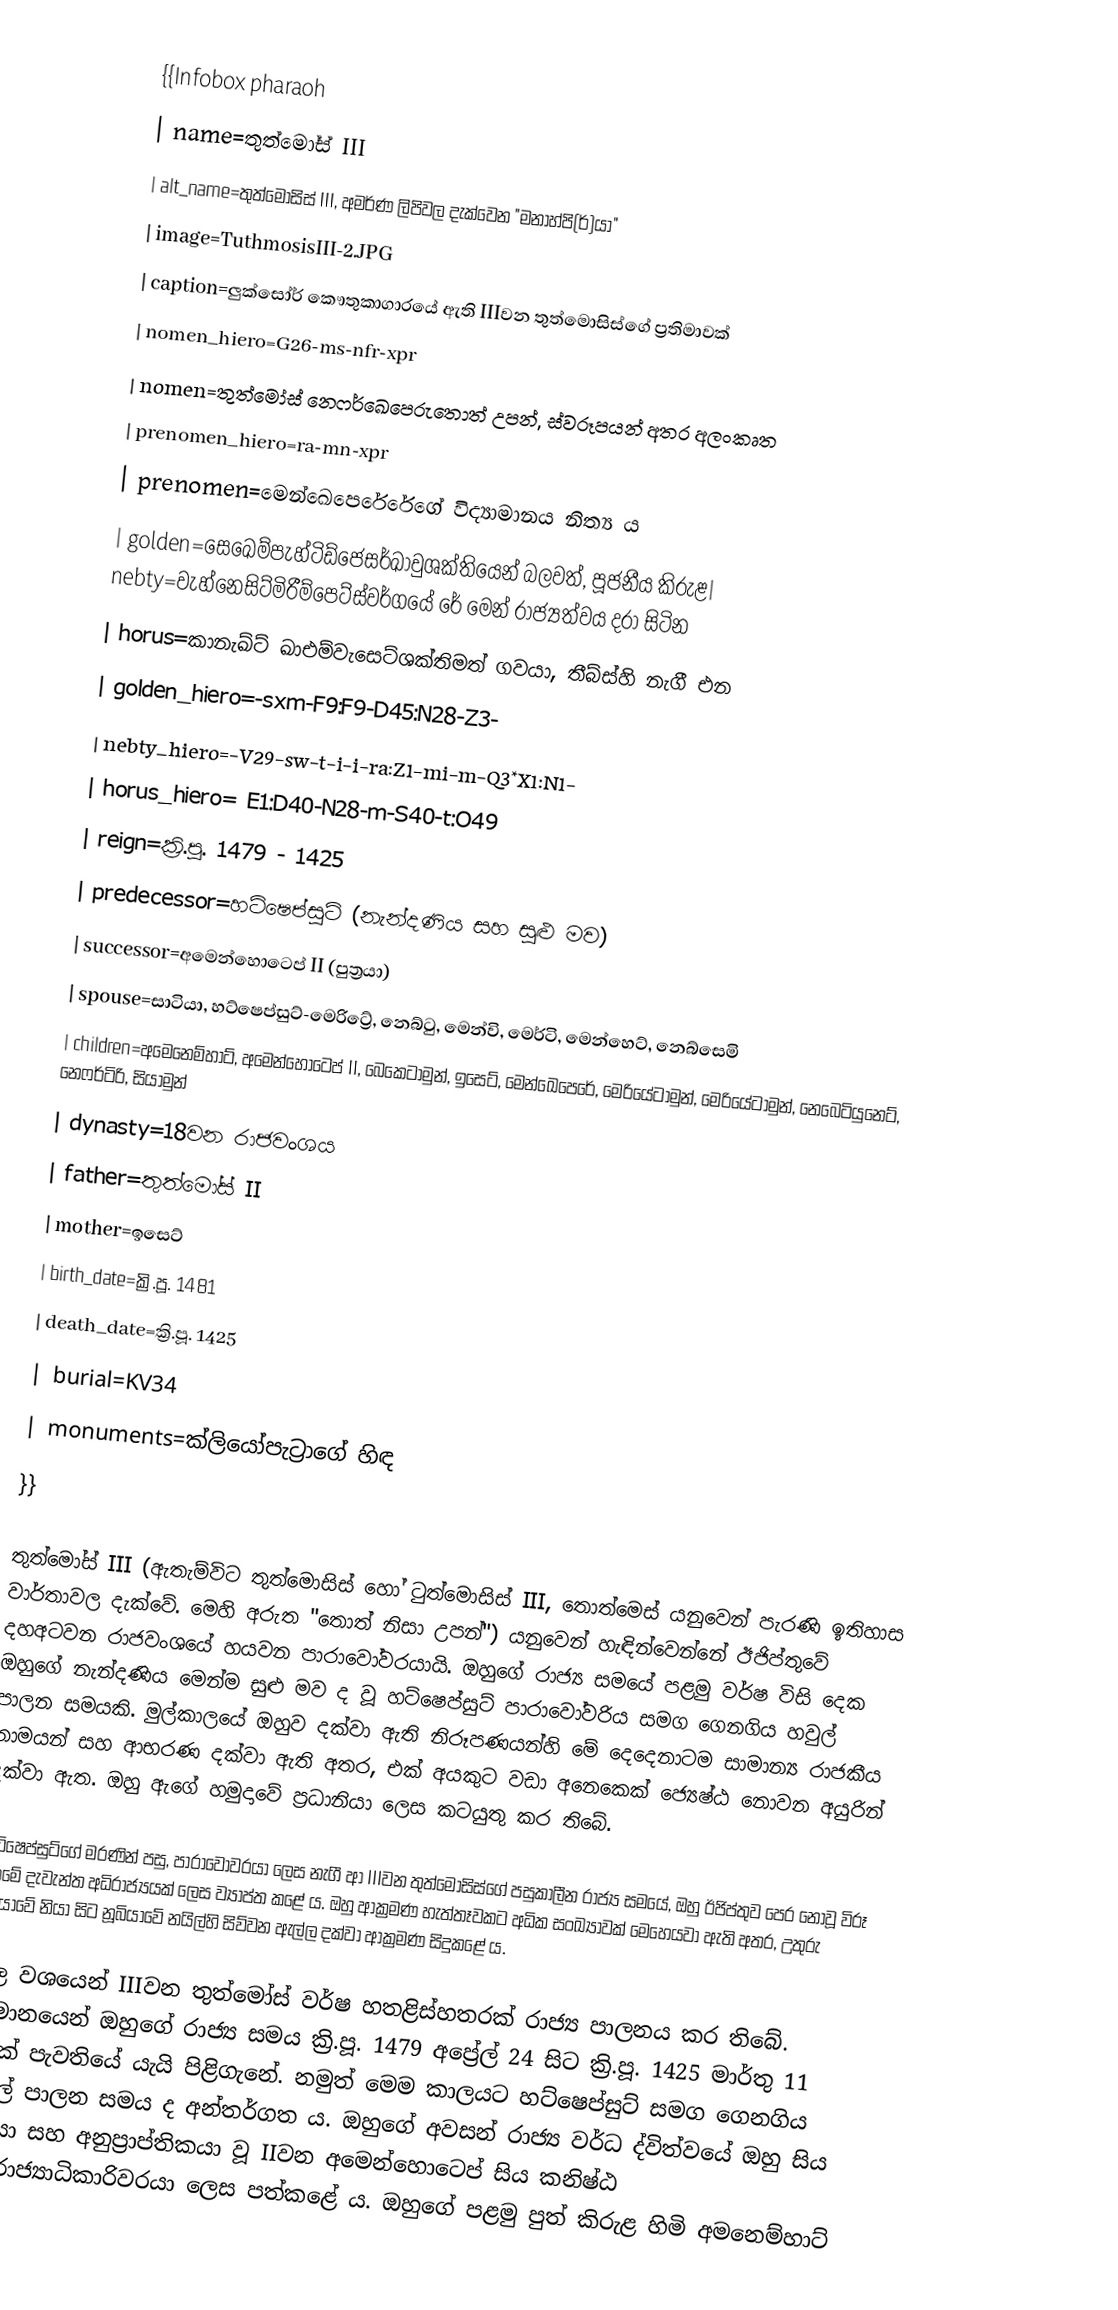
{{Infobox pharaoh
| name=තුත්මෝස් III
| alt_name=තුත්මොසිස් III, අමර්ණ ලිපිවල දැක්වෙන "මනාහ්පි(ර්)යා"
| image=TuthmosisIII-2.JPG
| caption=ලුක්සෝර් කෞතුකාගාරයේ ඇති IIIවන තුත්මොසිස්ගේ ප්‍රතිමාවක්
| nomen_hiero=G26-ms-nfr-xpr
| nomen=තුත්මෝස් නෙෆර්ඛෙපෙරුතොත් උපන්, ස්වරූපයන් අතර අලංකෘත
| prenomen_hiero=ra-mn-xpr
| prenomen=මෙන්ඛෙපෙරේරේගේ විද්‍යාමානය නිත්‍ය ය
| golden=සෙඛෙම්පැහ්ටිඩ්ජෙසර්ඛාවුශක්තියෙන් බලවත්, පූජනීය කිරුළ| nebty=වැහ්නෙසිට්මිරීම්පෙට්ස්වර්ගයේ රේ මෙන් රාජ්‍යත්වය දරා සි‍ටින
| horus=කානැඛ්ට් ඛාඑම්වැසෙට්ශක්තිමත් ගවයා, තීබ්ස්හි නැගී එන
| golden_hiero=-sxm-F9:F9-D45:N28-Z3-
| nebty_hiero=-V29-sw-t-i-i-ra:Z1-mi-m-Q3*X1:N1-
| horus_hiero= E1:D40-N28-m-S40-t:O49
| reign=ක්‍රි.පූ. 1479 - 1425
| predecessor=හට්ෂෙප්සුට් (නැන්දණිය සහ සුළු මව)
| successor=අමෙන්හොටෙප් II (පුත්‍රයා)
| spouse=සාටියා, හට්ෂෙප්සුට්-මෙරිට්‍රේ, නෙබ්ටු, මෙන්වි, මෙර්ටි, මෙන්හෙට්, නෙබ්සෙමි
| children=අමෙනෙම්හාට්, අමෙන්හොටෙප් II, බෙකෙටාමුන්, ඉසෙට්, මෙන්ඛෙපෙරේ, මෙරියේටාමුන්, මෙරියේටාමුන්, නෙබෙටියුනෙට්, නෙෆර්ටිරි, සියාමුන්
| dynasty=18වන රාජවංශය
| father=තුත්මෝස් II
| mother=ඉසෙට්
| birth_date=ක්‍රි.පූ. 1481
| death_date=ක්‍රි.පූ. 1425
| burial=KV34
| monuments=ක්ලියෝපැට්‍රා‍ගේ හිඳ
}}

තුත්මෝස් III (ඇතැම්විට තුත්මොසිස් හෝ ටුත්මොසිස් III, තොත්මෙස් යනුවෙන් පැරණි ඉතිහාස වාර්තාවල දැක්වේ. මෙහි අරුත "තොත් නිසා උපන්") යනුවෙන් හැඳින්වෙන්නේ ඊජිප්තුවේ දහඅටවන රාජවංශයේ හයවන පාරාවෝවරයායි. ඔහුගේ රාජ්‍ය සමයේ පළමු වර්ෂ විසි දෙක ඔහුගේ නැන්දණිය මෙන්ම සුළු මව ද වූ හට්ෂෙප්සුට් පාරාවෝවරිය සමග ගෙනගිය හවුල් පාලන සමයකි. මුල්කාලයේ ඔහුව දක්වා ඇති නිරූපණයන්හි මේ දෙදෙනාටම සාමාන්‍ය රාජකීය නාමයන් සහ ආභරණ දක්වා ඇති අතර, එක් අයකුට වඩා අනෙකෙක් ජ්‍යෙෂ්ඨ නොවන අයුරින් දක්වා ඇත. ඔහු ඇගේ හමුදාවේ ප්‍රධානියා ලෙස කටයුතු කර තිබේ.

හට්ෂෙප්සුට්‍ගේ මරණින් පසු, පාරාවෝවරයා ලෙස නැගී ආ IIIවන තුත්මොසිස්ගේ පසුකාලීන රාජ්‍ය සමයේ, ඔහු ඊජිප්තුව පෙර නොවූ විරූ ත‍රමේ දැවැන්ත අධිරාජ්‍යයක් ලෙස ව්‍යාප්ත කළේ ය. ඔහු ආක්‍රමණ හැත්තෑවකට අධික සංඛ්‍යාවක් මෙහෙයවා ඇති අතර, උතුරු සිරියාවේ නියා සිට නූබියාවේ නයිල්හි සිව්වන ඇල්ල දක්වා ආක්‍රමණ සිදුකළේ ය.

නිල වශයෙන් IIIවන තුත්මෝස් වර්ෂ හතළිස්හතරක් රාජ්‍ය පාලනය කර තිබේ. සාමානයෙන් ඔහුගේ රාජ්‍ය සමය ක්‍රි.පූ. 1479 අප්‍රේල් 24 සිට ක්‍රි.පූ. 1425 මාර්තු 11 තෙක් පැවතියේ යැයි පිළිගැනේ. නමුත් මෙම කාලයට හට්ෂෙප්සුට් සමග ගෙනගිය හවුල් පාලන සමය ද අන්තර්ගත ය. ඔහුගේ අවසන් රාජ්‍ය වර්ධ ද්විත්වයේ ඔහු සිය පුත්‍රයා සහ අනුප්‍රාප්තිකයා වූ IIවන අමෙන්හොටෙප් සිය කනිෂ්ඨ සම-රාජ්‍යාධිකාරිවරයා ලෙස පත්කළේ ය. ඔහුගේ පළමු පුත් කිරුළ හිමි අමනෙම්හාට්